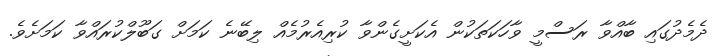
ދެމެދުގައި ބާއްވާ ރަސްމީ ވާހަކަތަކުން އެކަށީގެންވާ ކުރިއެރުމެއް ލިބޭނެ ކަމަށް ގަބޫލްކުރައްވާ ކަމަށެވެ.